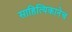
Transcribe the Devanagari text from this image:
साहित्यिकानेच